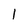
Character: l